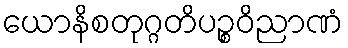
ယောနိစတုဂ္ဂတိပဉ္စဝိညာဏံ